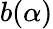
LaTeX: b(\alpha)